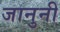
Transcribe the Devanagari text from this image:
जानुनी